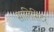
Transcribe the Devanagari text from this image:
सालिसिटर